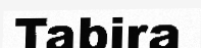
Tabira